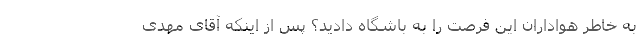
به خاطر هواداران این فرصت را به باشگاه دادید؟ پس از اینکه آقای مهدی